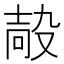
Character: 𡔮